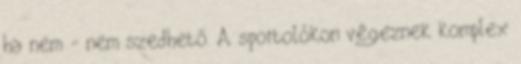
ha nem - nem szedhető. A sportolókon végeznek komplex